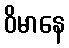
ဝိမာနေ